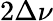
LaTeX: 2\Delta\nu